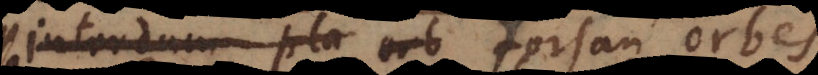
interdum pla orb forsan orbes